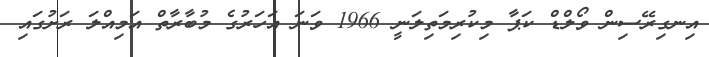
އިނގިރޭސިން ވޯލްޑް ކަޕާ މިކުރިމަތިލަނީ 1966 ވަނަ އަހަރުގެ މުބާރާތް އަމިއްލަ ރަށުގައި